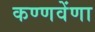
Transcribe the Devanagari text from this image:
कण्णवेंणा